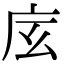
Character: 𢇨